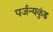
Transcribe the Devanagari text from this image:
पर्जन्यकुंड